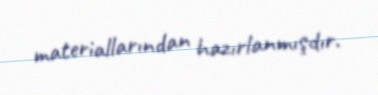
materiallarından hazırlanmışdır.